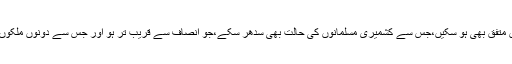
جس پر بھارت اور پاکستان دونوں متفق بھی ہو سکیں،جس سے کشمیری مسلمانوں کی حالت بھی سدھر سکے،جو انصاف سے قریب تر ہو اور جس سے دونوں ملکوں کا قومی وقار مجروح بھی نہ ہو۔